Civil Veterinary Department. United Provinces 1923-31 - 1923-1931
Year: 1923
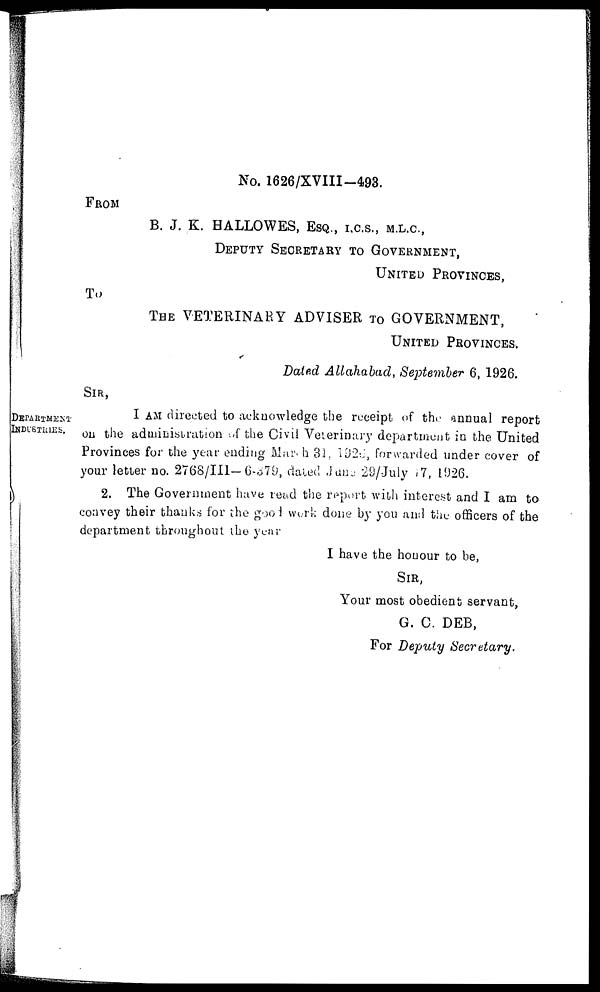
FROM
No. 1626/XVIII-493.
B. J. K. HALLOWES, ESQ., I.C.S., M.L.C.,
DEPUTY SECRETARY TO GOVERNMENT,
UNITED PROVINCES,
To
THE VETERINARY ADVISER TO GOVERNMENT,
UNITED PROVINCES,
Dated Allahabad, September 6, 1926.
SIR,
DEPARTMENT
INDUSTRIES.
I AM directed to acknowledge the receipt of the annual report
on the administration of the Civil Veterinary department in the United
Provinces for the year ending March 31. 1926, forwarded under cover of
your letter no. 2768/III-6-379, dated June 29/July 17, 1926.
2. The Government have read the report with interest and I am to
convey their thanks for the good work done by you and the officers of the
department throughout the year
I have the honour to be,
SIR,
Your most obedient servant,
G. C. DEB,
For Deputy
Secretary.